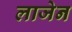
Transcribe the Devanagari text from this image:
लाजेन